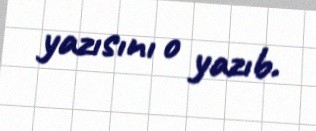
yazısını o yazıb.